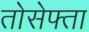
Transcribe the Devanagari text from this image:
तोसेफ्ता